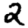
Digit: 2